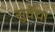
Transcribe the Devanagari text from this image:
सुर्वेचा